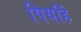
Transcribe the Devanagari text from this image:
पियहिं